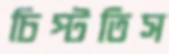
চিপ্‌টতিস